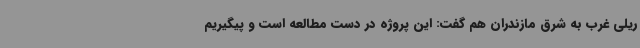
ریلی غرب به شرق مازندران هم گفت: این پروژه در دست مطالعه است و پیگیریم